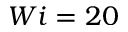
W i = 2 0